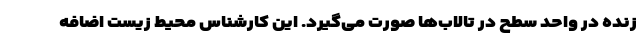
زنده در واحد سطح در تالاب‌ها صورت می‌گیرد. این کارشناس محیط زیست اضافه